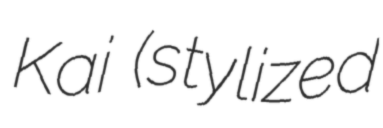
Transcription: Kai (stylized